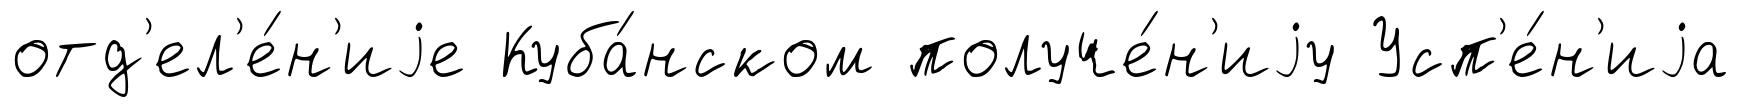
отд'ел'е́н'иjе Куба́нском получе́н'иjу Усп'е́н'иjа